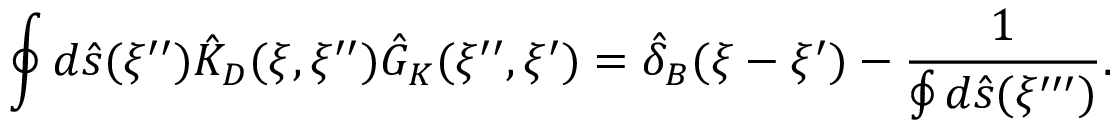
\oint { d } \hat { s } ( \xi ^ { \prime \prime } ) { \hat { K } _ { D } } ( \xi , \xi ^ { \prime \prime } ) { \hat { G } _ { K } } ( \xi ^ { \prime \prime } , \xi ^ { \prime } ) = { \hat { \delta } _ { B } } ( \xi - \xi ^ { \prime } ) - { \frac { 1 } { \oint { d } \hat { s } ( \xi ^ { \prime \prime \prime } ) } } .